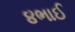
૪ભાઈ